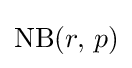
\mathrm {NB} (r,\,p)